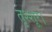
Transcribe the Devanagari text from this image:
तृश्शूर।